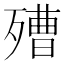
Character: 𣩒